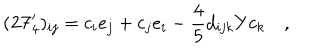
LaTeX: ( \mathbf { 2 7 } _ { 4 } ^ { \prime } ) _ { i j } = c _ { i } e _ { j } + c _ { j } e _ { i } - { \frac { 4 } { 5 } } d _ { i j k } Y c _ { k } \quad ,